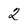
Character: 2